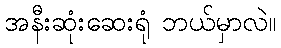
အနီးဆုံးဆေးရုံ ဘယ်မှာလဲ။